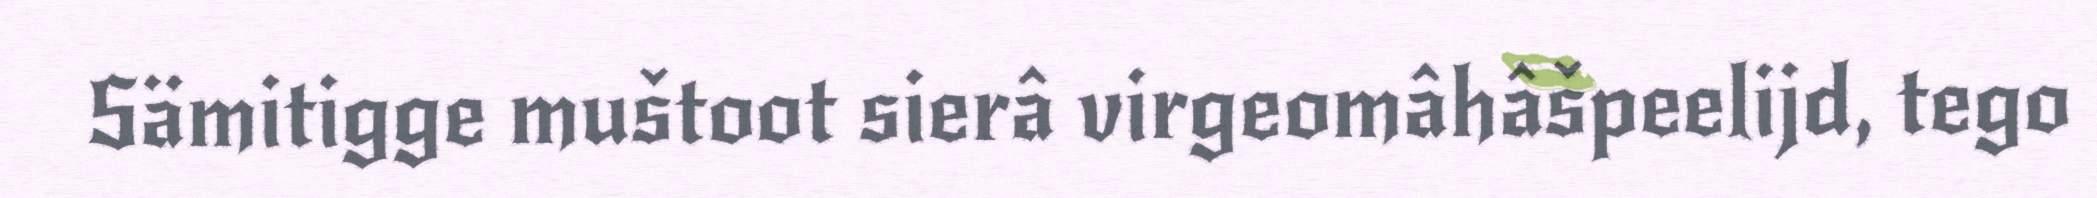
Sämitigge muštoot sierâ virgeomâhâšpeelijd, tego